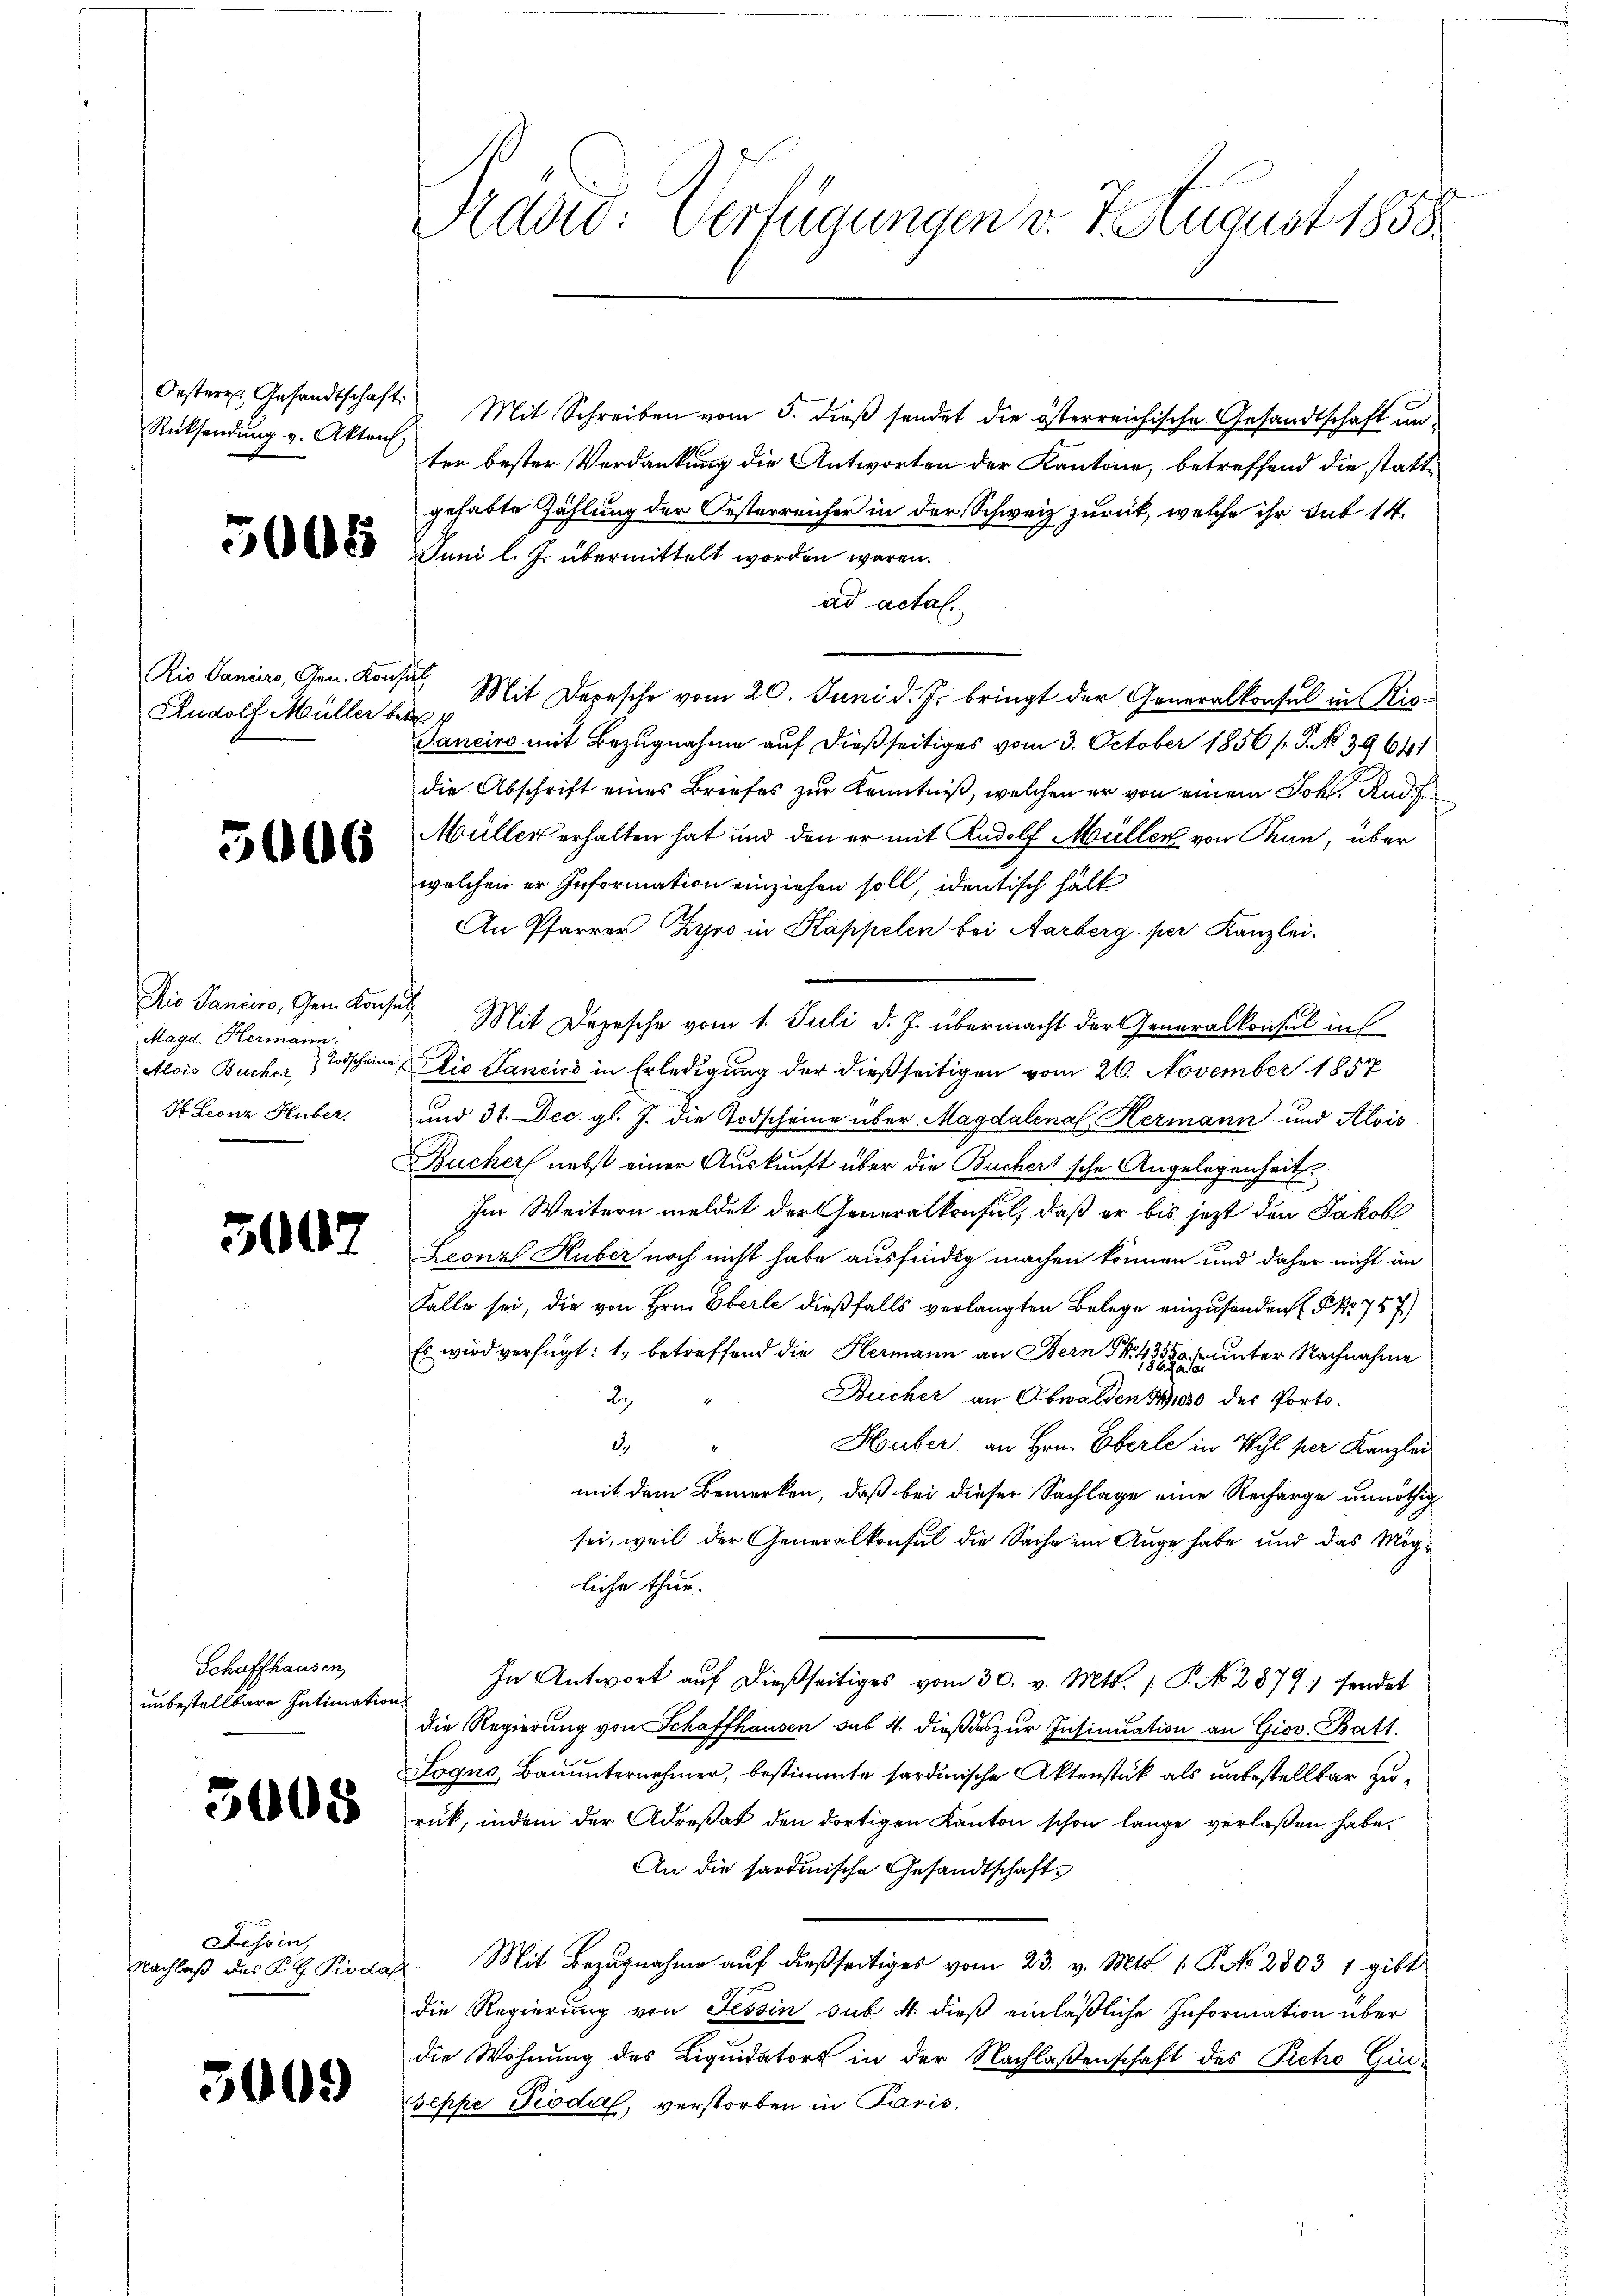
Rücksendung v. Akten,

Rudolf Müller betr

5006

Dis Paniere, Gem. Konsult
Magd. Hermann.
H Leonz Huber.

5007

Schaffhausen,
unbestellbare Intimation

5008

Tessin,

5009

Präsid. Verfügungen v. 7. August 1858.

Oestere Gesandtschaft. Mit Schreiben vom 5. dieβ sendet die österreichische Gesandtschaft un-
ter bester Verdankung die Antworten der Kantone, betreffend die stattgehabte Zählung der Oesterreicher in der Schweiz zurück, welche ihr sub 14.
23 Juni l. J. übermittelt worden wären.
ad actal.
Rio Saniers, Gen. Konsere Mit Depesche vom 20. Juni d. Js. bringt der Generalkonsul in Ris-
Janeiro mit Bezugnahme auf dießseitiges vom 3. October 1856 / P. No. 39649/
die Abschrift eines Briefes zur Kenntniß, welchen er von einem Joh. Rud
Müller erhalten hat und den er mit Rudolf Müller von Thun, über
welchen er Information einziehen soll, identisch halt
An Pfarrer Gyro in Kappelen bei Aarberg per Kanzlei-
Mit Depesche vom 1. Juli d. J. übermacht der Generalkonsul in
Alois Bucher Todscheine Die Sancies in Erledigung der dießseitigen vom 26. November 1857
und 31. Dec. gl. J. die Todscheine über Magdalenal, Hermann und Alois
Bucher nebst einer Auskunft über die Buchert sche Angelegenheit.
Im Weitern meldet der Generalkonsul, daß er bis jetzt den Jakob
Leonz Huber noch nicht habe ausfindig machen können und daher nicht in
Falle sei, die von Hrn. Eberle dießfalls verlangten Belege einzusenden P. Nr. 757)
Es wird verfügt: 1. betreffend die Hermann an Bern § 435, 50 f unter Nachnahme
Bucher an Obwalden 1900 des Porto¬
2
d
Huber an Hrn. Eberle in Wyl per Kanzlei
mit dem Bemerken, daß bei dieser Sachlage eine Recharge unnöthig
sei, weil der Generalkonsul die Sache im Auge habe und das Mögliche thur.
In Antwort auf dießseitiges vom 30. v. Mts. 1. P. No. 2879) sendet
die Regierung von Schaffhausen sub 4 dieß das zur Insinuation an Giov. Batt
Logno, Bauunternehmer, bestimmte sardinische Aktenstück als unbestellter zurük, indem der Adresat den dortigen Kanton schon lange verlaßen habe.
An die sardinische Gesandtschaft
Nachlaß des K. G. Piodat. Mit Bezugnahme auf dießseitiges vom 23. v. Mts. 1. P. No 2803 1 gibt
die Regierung von Tessin sub 4. dieß einläßliche Information über
die Wohnung des Liquidators in der Nachlaßenschaft des Pietro Gin-
eppe Pioda, verstorben in Paris,